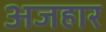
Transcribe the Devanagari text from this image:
अजहार